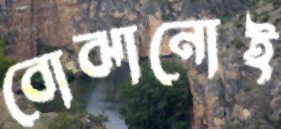
বোঝানোই